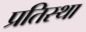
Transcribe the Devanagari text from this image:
प्रतिस्था